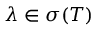
\lambda \in \sigma ( T )